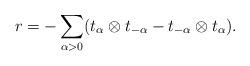
LaTeX: \begin{align*}r=-\sum_{\alpha >0}(t_{\alpha}\otimes t_{-\alpha}-t_{-\alpha} \otimes t_{\alpha}).\end{align*}